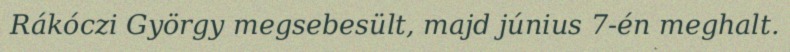
Rákóczi György megsebesült, majd június 7-én meghalt.